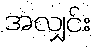
အလျှင်း